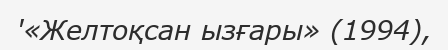
'«Желтоқсан ызғары» (1994),